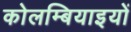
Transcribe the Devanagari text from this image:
कोलम्बियाइयों